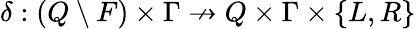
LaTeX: \delta:(Q\setminus F)\times\Gamma\not\to Q\times\Gamma\times\{ L,R\}